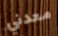
معدني